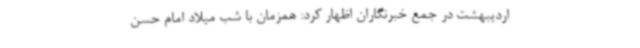
اردیبهشت در جمع خبرنگاران اظهار کرد: همزمان با شب میلاد امام حسن